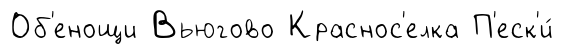
Об'енощи Вьюгово Краснос'елка П'еск'и́